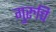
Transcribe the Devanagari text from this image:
गुरुचि